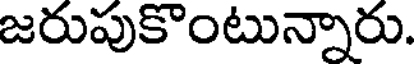
జరుపుకొంటున్నారు.